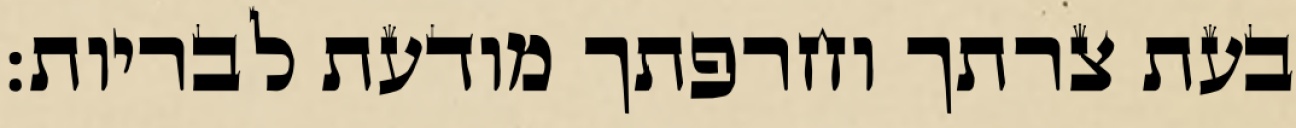
בעת צרתך וחרפתך מודעת לבריות: